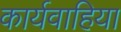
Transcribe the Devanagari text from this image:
कार्यवाहिया